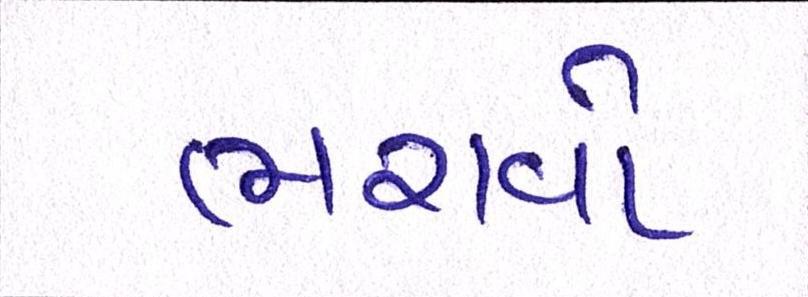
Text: ભરાવોઃ